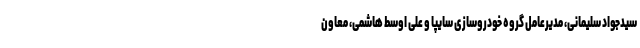
سیدجواد سلیمانی، مدیرعامل گروه خودروسازی سایپا و علی اوسط هاشمی، معاون